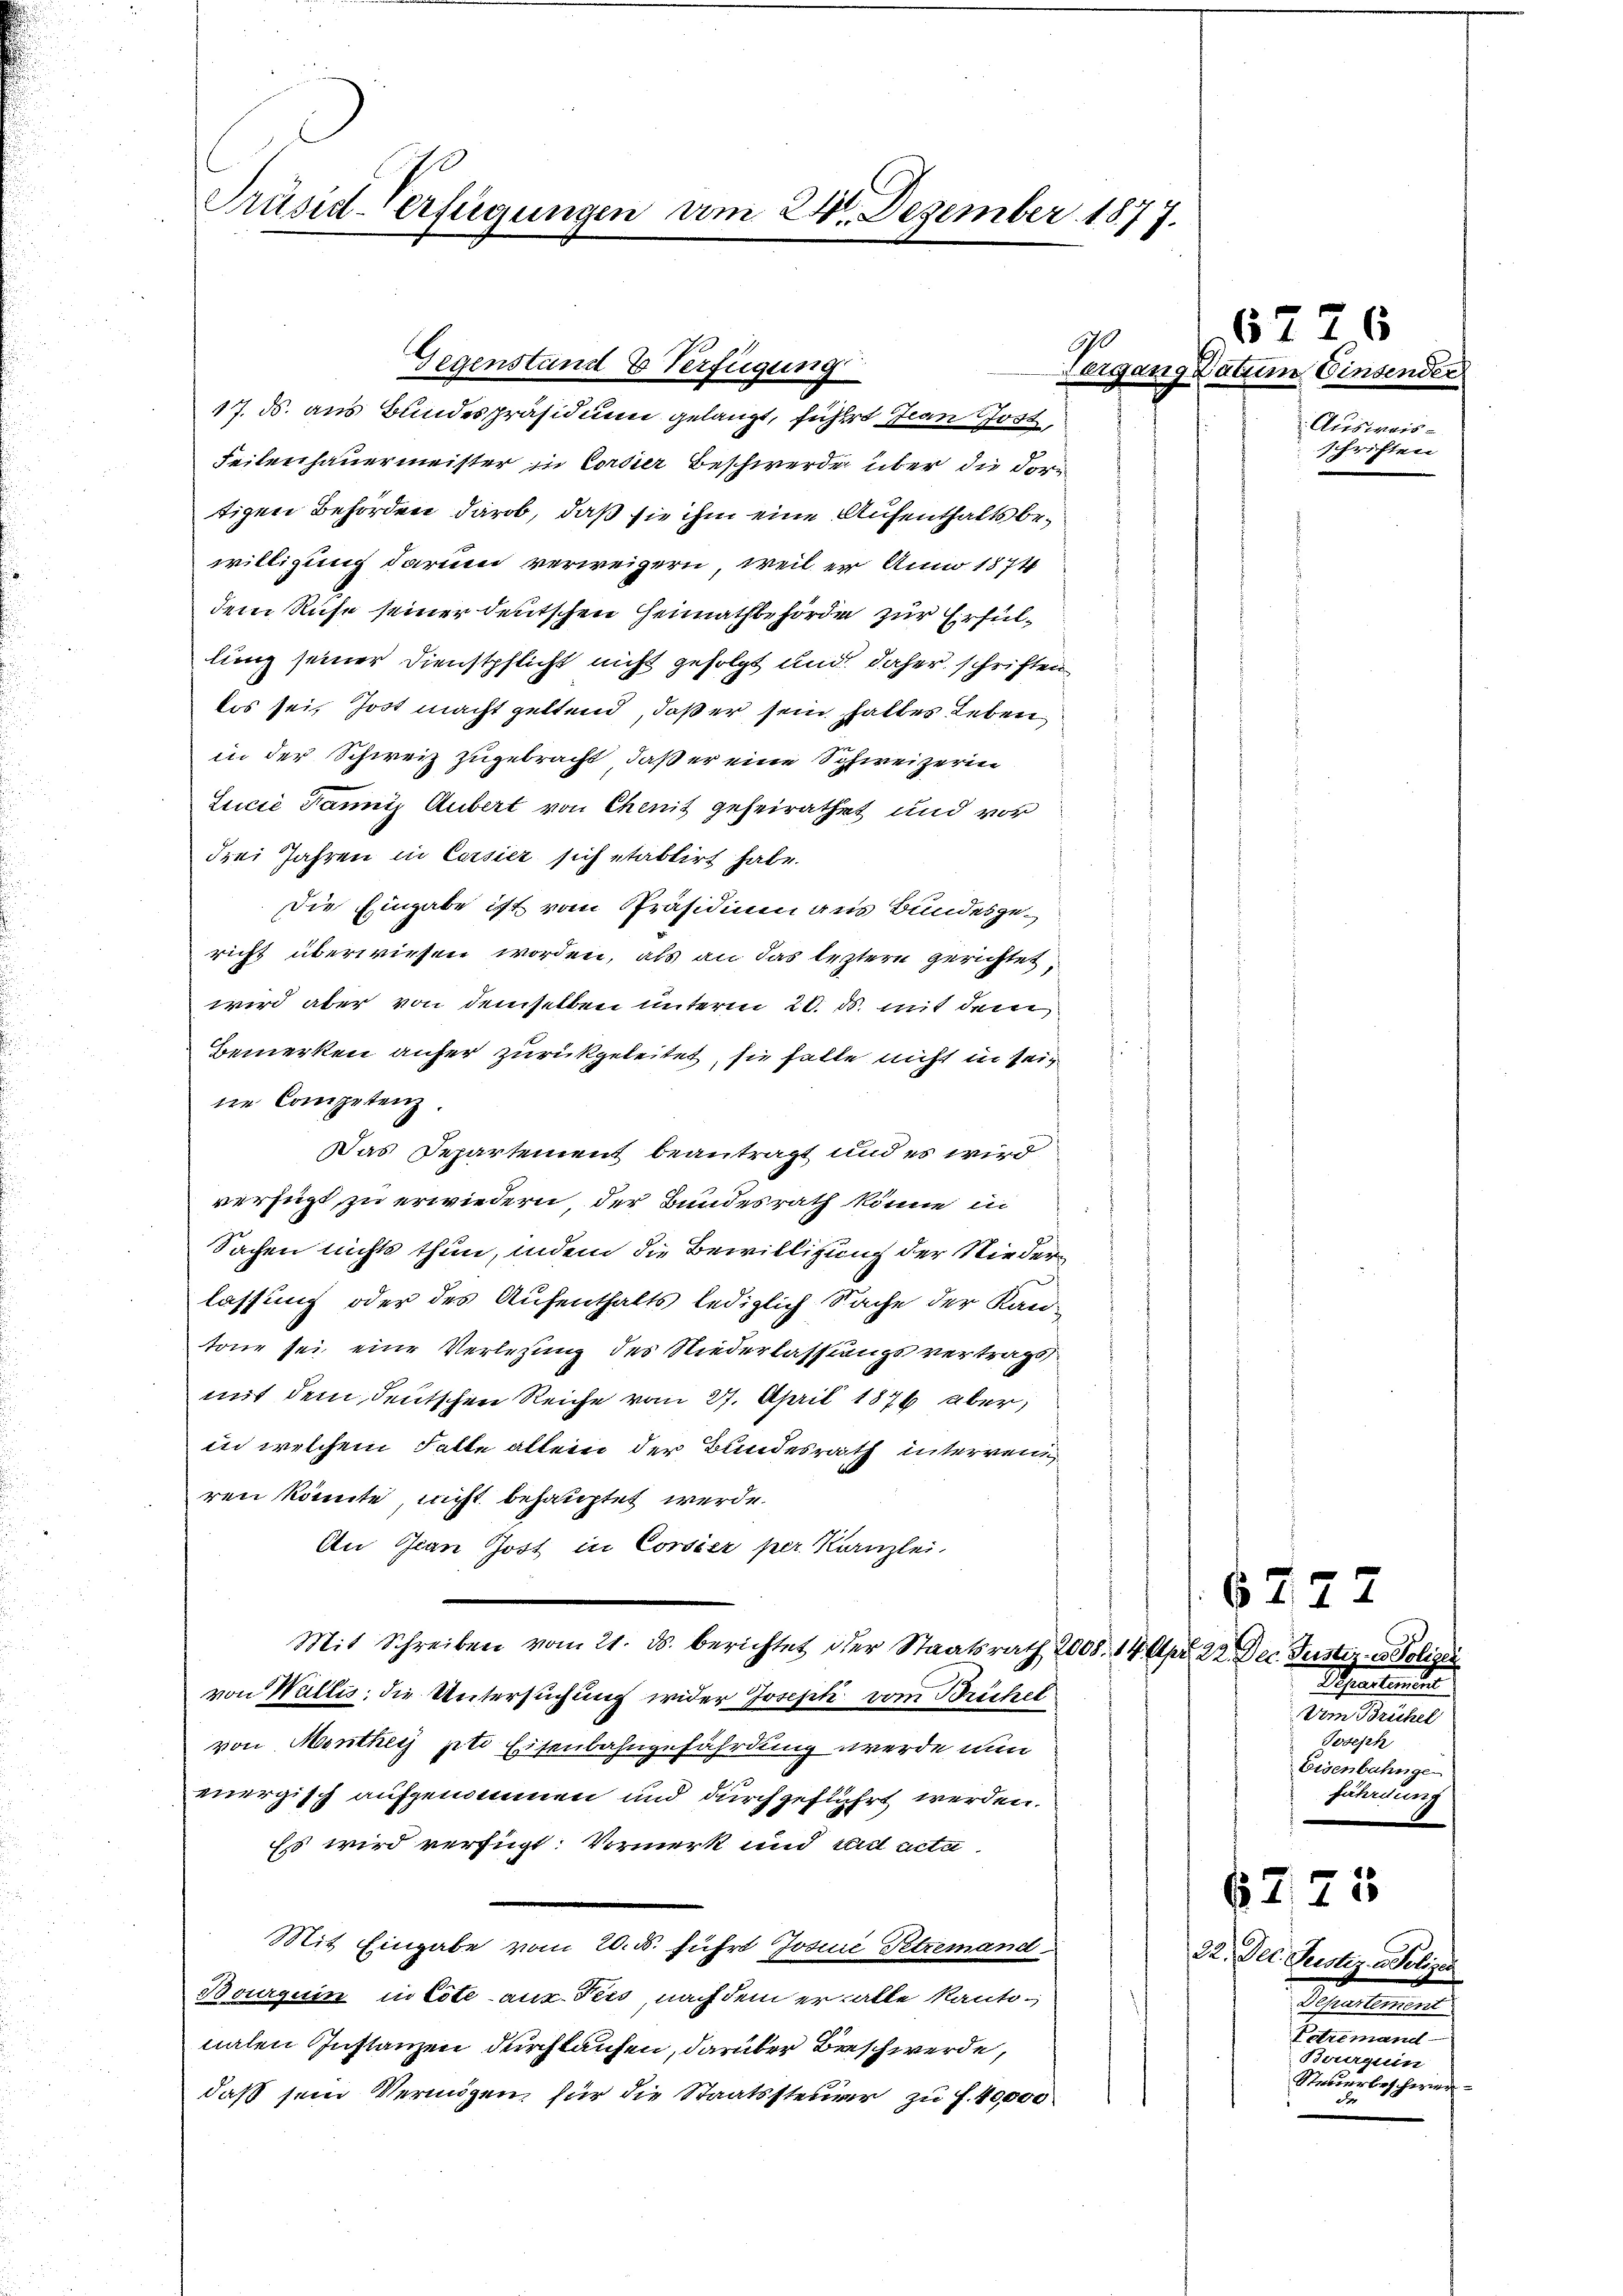
Präsid-Verfügungen am 24. Dezember 1877.

Feilenhauermeister in Corsier Beschwerde über die dortigen Behörden darob, daß sie ihm eine Aufenthalts bewilligung darum verweigern, weil er Anno 1874
dem Rufe seiner deutschen Heimathbehörde zur Erfüllung seiner Dienstpflicht nicht gefolgt und daher schriften
lis sei, Jost macht geltend, daß er sein haltes Leben
in der Schweiz zugebracht, daß er eine Schweizerin
Lucić Janiz Aubert von Chenit geheirathet und vor
drei Jahren in Cassier sich etablirt habe.
Die Eingabe ist vom Präsidium aus Bundesgericht überwiesen worden, als an das leztern gerichtet,
wird aber von demselben unterm 20. ds. mit dem
Bemerken anfer zurückgeleitet, sie halte nicht in sein
ne Competenz.
Das Departement beantragt und es wird
verfügt, zu erwiedern, der Bundesrath könne in
Sachen nichts thun, indem die Bewilligung der Niederlassung oder des Aufenthalts lediglich Sache der Kantone sei eine Verletzung des Niederlassungsvertrags
mit dem deutschen Reiche vom 27. April 1876 aber
in welchem Falle allein der Bundesrath interren
ren könnte, nicht behauptet werde.
An Jean Jost in Corsier per Kanzlei,
Mit Schreiben vom 21. ds. berichtet der Staatsrath 2008. 14. Apr. 22. Dec. Justiz- & Polizei
von Wallis, die Untersuchung wider Joseph vom Brüchel
von Monthey ziti Eisenbahngefährdung werde nun
mergisch aufgenommen und durchgeführt werden.
Es wird verfügt: Vormerk und Eid acta
Mit Eingabe vom 20. d. führt Josine Petremand
Bourguin in tote aus. Fees, nach dem erhalte kantnalen Instanzen durchlaufen, darüber Beschwerde,
daß sein Vermögen für die Staatssteuer zu f. 40,000

90
Gegenstand & Verfügung
17. ds. aus Bundespräsidium gelangt, fühlt Jean Jost,

6726
Vergang Datum Einsender
Ausweis-
schriften

6777
Schreitenden

Joseph
Eisenbahnge
fährdung

6775

32. Der Justiz - Polize
Peperun
e
Bourquin
Stetterbeschwerb